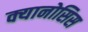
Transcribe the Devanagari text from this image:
क्यानोसिस